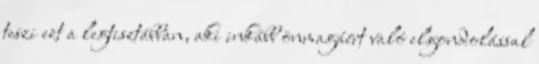
teszi ezt a legtisztábban, aki inkább önmagáért való elgondolással